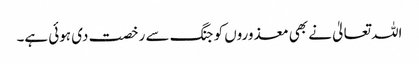
اللہ تعالیٰ نے بھی معذوروں کو جنگ سے رخصت دی ہوئی ہے۔